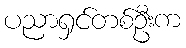
ပညာရှင်တစ်ဦးက